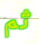
ثم